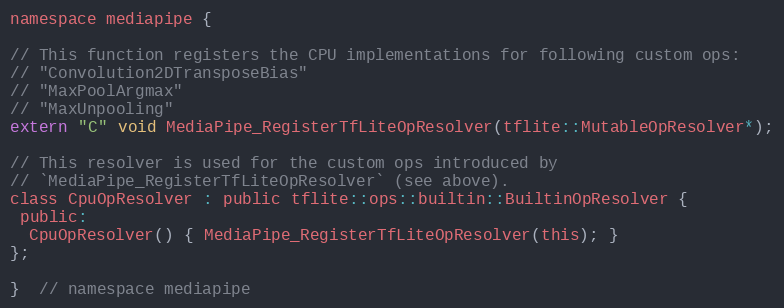
Language: C
namespace mediapipe {

// This function registers the CPU implementations for following custom ops:
// "Convolution2DTransposeBias"
// "MaxPoolArgmax"
// "MaxUnpooling"
extern "C" void MediaPipe_RegisterTfLiteOpResolver(tflite::MutableOpResolver*);

// This resolver is used for the custom ops introduced by
// `MediaPipe_RegisterTfLiteOpResolver` (see above).
class CpuOpResolver : public tflite::ops::builtin::BuiltinOpResolver {
 public:
  CpuOpResolver() { MediaPipe_RegisterTfLiteOpResolver(this); }
};

}  // namespace mediapipe